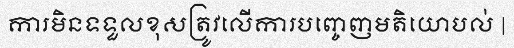
ការមិនទទួលខុសត្រូវលើការបញ្ចេញមតិយោបល់ |